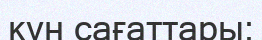
күн сағаттары;